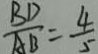
\frac { B D } { A B } = \frac { 4 } { 5 }